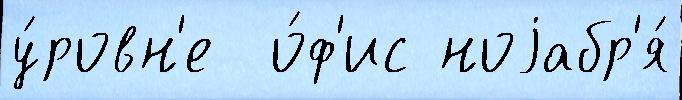
у́ровн'е  о́ф'ис ноjабр'я́